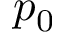
p _ { 0 }